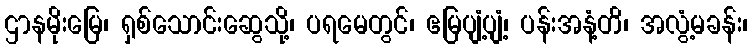
ဌာနမိုးမြေ၊ ရှစ်သောင်းဆွေသို့၊ ပရမေတွင်၊ ဧမြပျံ့ပျံ့၊ ပန်းအနံ့တိ၊ အလွံ့မခန်း၊